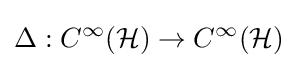
\Delta :C^{\infty }({\mathcal {H}})\to C^{\infty }({\mathcal {H}})